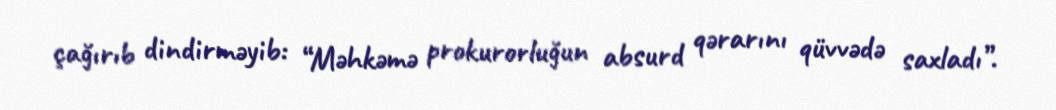
çağırıb dindirməyib: “Məhkəmə prokurorluğun absurd qərarını qüvvədə saxladı”.